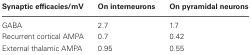
<table><thead><tr><td><b>Synaptic efficacies/mV</b></td><td><b>On interneurons</b></td><td><b>On pyramidal neurons</b></td></tr></thead><tbody><tr><td>GABA</td><td>2.7</td><td>1.7</td></tr><tr><td>Recurrent cortical AMPA</td><td>0.7</td><td>0.42</td></tr><tr><td>External thalamic AMPA</td><td>0.95</td><td>0.55</td></tr></tbody></table>